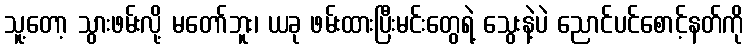
သူ့တော့ သွားဖမ်းလို့ မတော်ဘူး၊ ယခု ဖမ်းထားပြီးမင်းတွေရဲ့ သွေးနဲ့ပဲ ညောင်ပင်စောင့်နတ်ကို